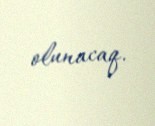
olunacaq.